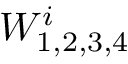
W _ { 1 , 2 , 3 , 4 } ^ { i }